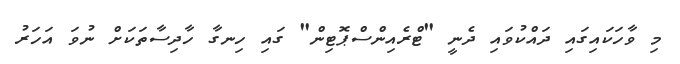
މި ވާހަކައިގައި ދައްކުވައި ދެނީ "ޓްރެއިންސްޕޮޓިން" ގައި ހިނގާ ހާދިސާތަކަށް ނުވަ އަހަރު